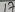
Text: 17